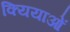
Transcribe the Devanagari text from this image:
क्यियाओं